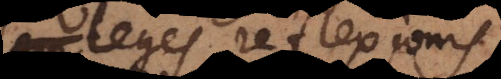
leges reflexionis